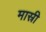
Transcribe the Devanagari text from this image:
मास्री